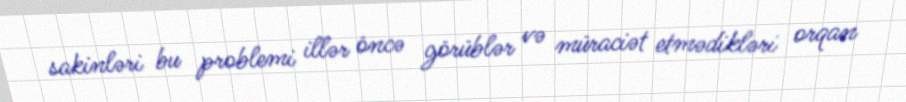
sakinləri bu problemi illər öncə görüblər və müraciət etmədikləri orqan